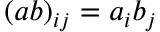
( a b ) _ { i j } = a _ { i } b _ { j }